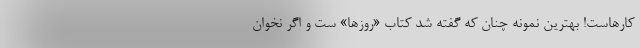
کارهاست! بهترین نمونه چنان که گفته شد کتاب «روزها» ست و اگر نخوان